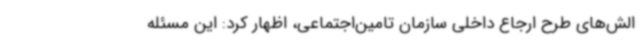
الش‌های طرح ارجاع داخلی سازمان تامین‌اجتماعی، اظهار کرد: این مسئله